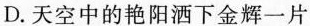
D.天空中的艳阳洒下金辉一片